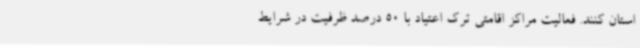
استان کنند. فعالیت مراکز اقامتی ترک اعتیاد با 50 درصد ظرفیت در شرایط